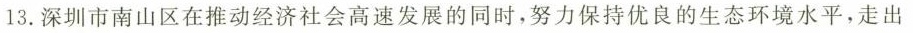
13.深圳市南山区在推动经济社会高速发展的同时，努力保持优良的生态环境水平，走出